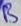
Text: B